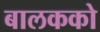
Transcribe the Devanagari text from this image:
बालकको